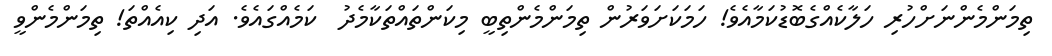
ތިމަންމެންނަށްހުރި ހަލާކެއްގެބޮޑުކަމާއެވެ! ހަމަކަށަވަރުން ތިމަންމެންތިބީ މިކަންތައްތަކާމެދު  ކަމެއްގައެވެ. އަދި ކިއެއްތަ! ތިމަންމެންވީ